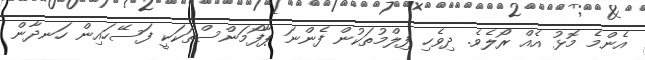
އެންމެ މޮޅު އެއް ރޯލެވެ. ދިވެހި ފިލްމުތަކުން ފެންނަ ޕާފޯމަންސްތަކަކީ ފަސޭހައިން ހަނދާން